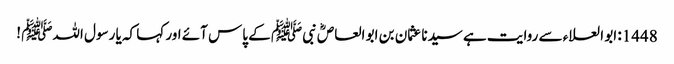
1448: ابو العلاء سے روایت ہے سیدنا عثمان بن ابو العاصؓ نبیﷺ کے پاس آئے اور کہا کہ یا رسول اللہﷺ !